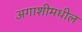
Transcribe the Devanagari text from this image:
अगाशीमधील